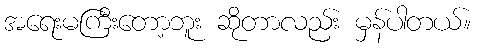
အရေးမကြီးတော့ဘူး ဆိုတာလည်း မှန်ပါတယ်။